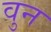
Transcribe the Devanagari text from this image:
वुन